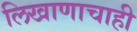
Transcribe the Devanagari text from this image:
लिखाणाचाही